Leprosy and its control in the Bombay Presidency
Disease focus: Leprosy
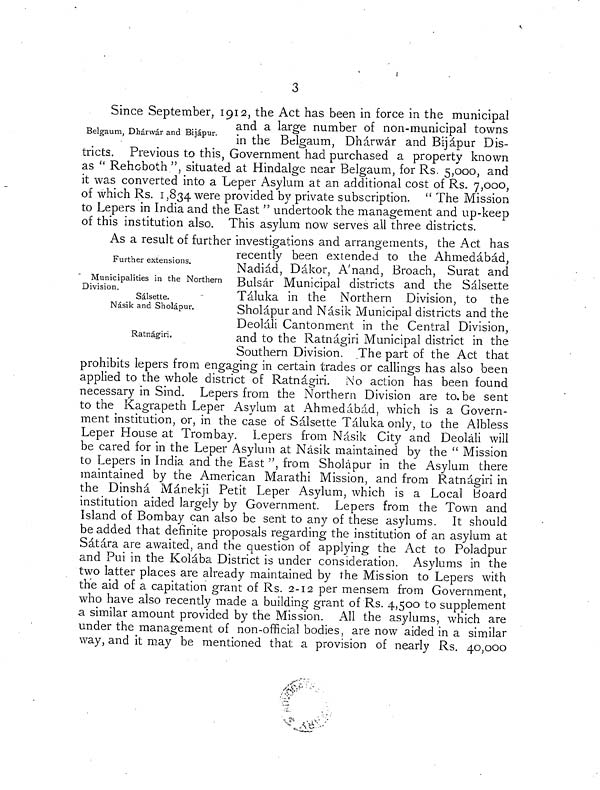
3
Belgaum, Dhárwár and Bijápur.
Since September, 1912, the Act has been in force in the municipal
and a large number of non-municipal towns
in the Belgaum, Dhárwár and Bijápur Dis-
tricts. Previous to this, Government had purchased a property known
as " Rehoboth ", situated at Hindalge near Belgaum, for Rs. 5,000, and
it was converted into a Leper Asylum at an additional cost of Rs. 7,000,
of which Rs. 1,834 were provided by private subscription. " The Mission
to Lepers in India and the East " undertook the management and up-keep
of this institution also. This asylum now serves all three districts.
Further extensions.
Municipalities in the Northern
Division.
Sálsette.
Násik and Sholápur.
Ratnágiri.
As a result of further investigations and arrangements, the Act has
recently been extended to the Ahmedábád,
Nadiád, Dákor, A'nand, Broach, Surat and
Bulsár Municipal districts and the Sálsette
Táluka in the Northern Division, to the
Sholápur and Násik Municipal districts and the
Deoláli Cantonment in the Central Division,
and to the Ratnágiri Municipal district in the
Southern Division. The part of the Act that
prohibits lepers from engaging in certain trades or callings has also been
applied to the whole district of Ratnágiri. No action has been found
necessary in Sind. Lepers from the Northern Division are to. be sent
to the Kagrapeth Leper Asylum at Ahmedábád, which is a Govern-
ment institution, or, in the case of Sálsette Táluka only, to the Albless
Leper House at Trombay. Lepers from Násik City and Deoláli will
be cared for in the Leper Asylum at Násik maintained by the " Mission
to Lepers in India and the East ", from Sholápur in the Asylum there
maintained by the American Marathi Mission, and from Ratnágiri in
the Dinshá Mánekji Petit Leper Asylum, which is a Local Board
institution aided largely by Government. Lepers from the Town and
Island of Bombay can also be sent to any of these asylums. It should
be added that definite proposals regarding the institution of an asylum at
Sátára are awaited, and the question of applying the Act to Poladpur
and Pui in the Kolába District is under consideration. Asylums in the
two latter places are already maintained by the Mission to Lepers with
the aid of a capitation grant of Rs. 2-12 per mensem from Government,
who have also recently made a building grant of Rs. 4,500 to supplement
a similar amount provided by the Mission. All the asylums, which are
under the management of non-official bodies, are now aided in a similar
way, and it may be mentioned that a provision of nearly Rs. 40,000